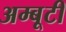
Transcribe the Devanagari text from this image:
अम्बूटी